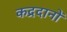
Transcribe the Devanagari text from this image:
कद्रदानों